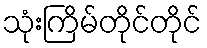
သုံးကြိမ်တိုင်တိုင်